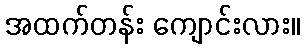
အထက်တန်း ကျောင်းလား။